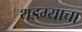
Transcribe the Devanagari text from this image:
थडग्याचा